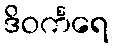
ဒိဝင်္ကရေ